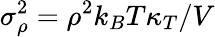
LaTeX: \sigma_{\rho}^{2}=\rho^{2}k_{B}T\kappa_{T}/V